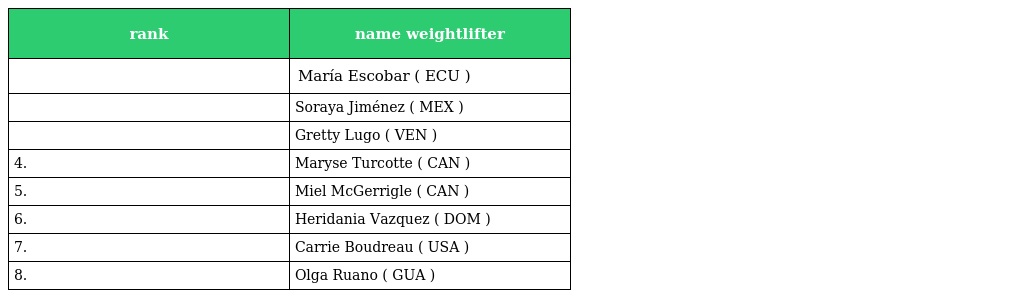
| rank | name weightlifter |
 | --- | --- |
 |  | María Escobar ( ECU ) |
 |  | Soraya Jiménez ( MEX ) |
 |  | Gretty Lugo ( VEN ) |
 | 4. | Maryse Turcotte ( CAN ) |
 | 5. | Miel McGerrigle ( CAN ) |
 | 6. | Heridania Vazquez ( DOM ) |
 | 7. | Carrie Boudreau ( USA ) |
 | 8. | Olga Ruano ( GUA ) |